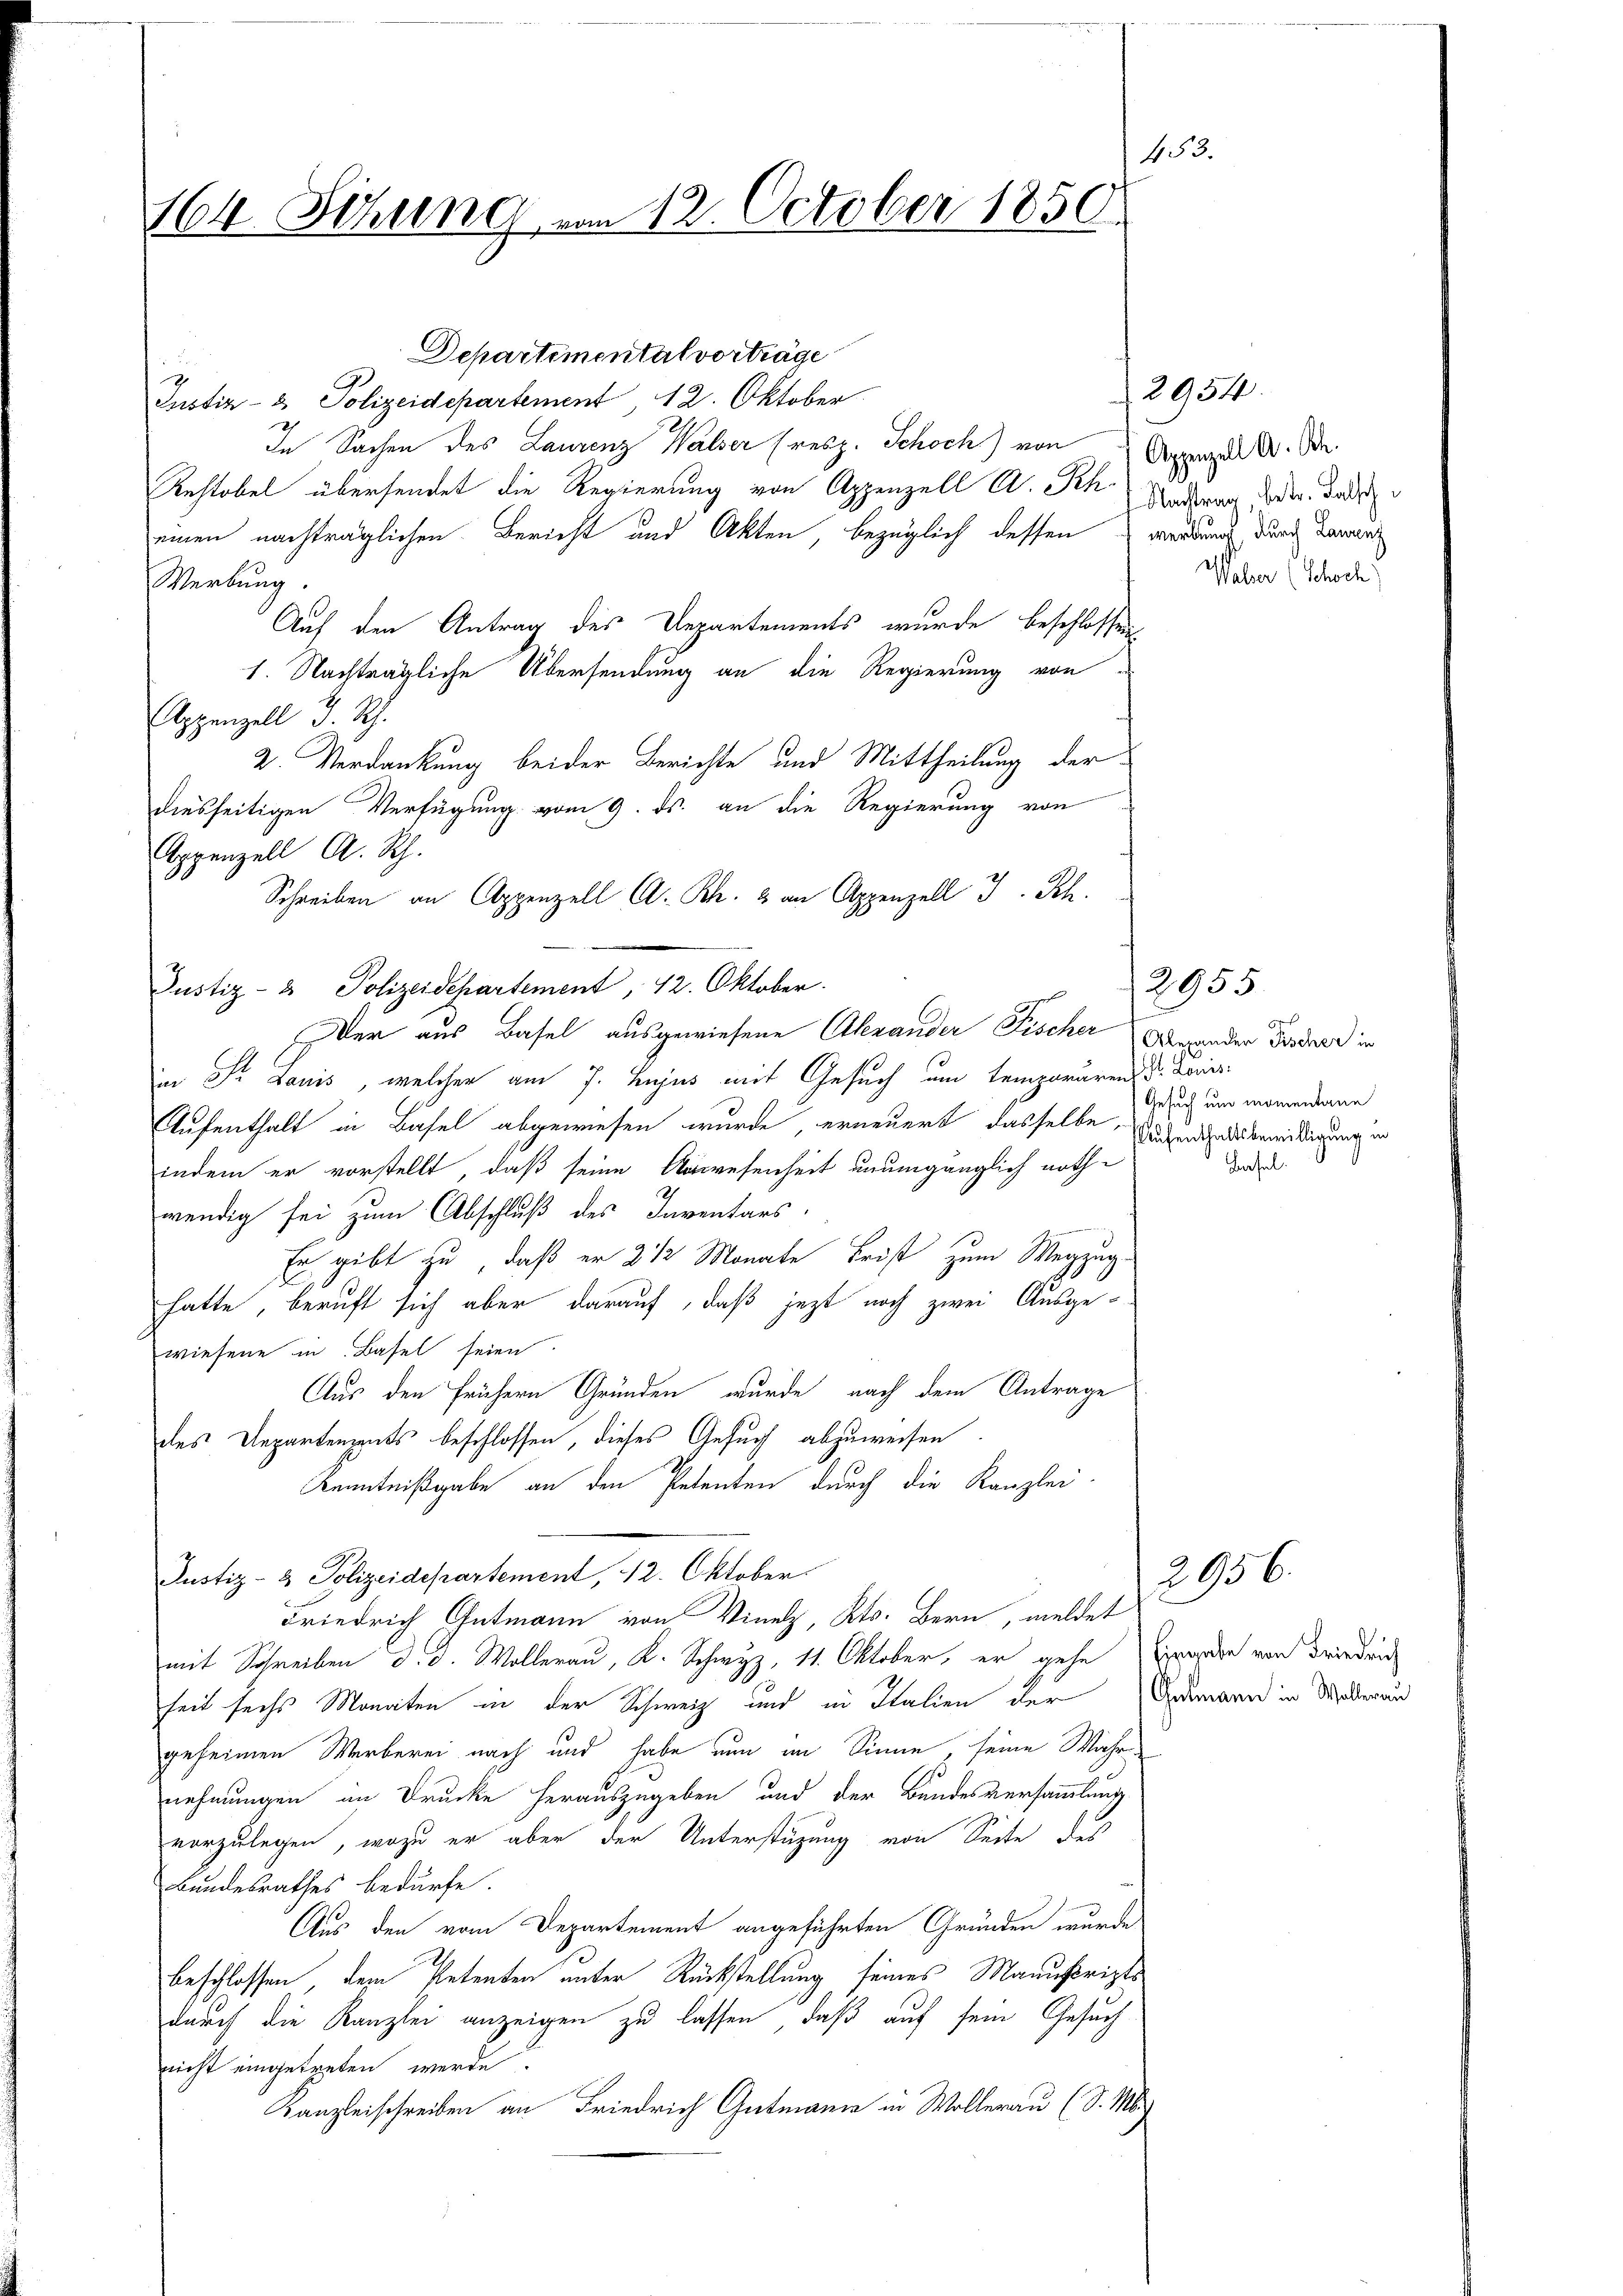
453.
164. Sitzung vom 12. October 1850

Departemental vorträge
Iustiz- & Polizeidepartement, 12. Oktober
In Sachen des Laurenz Walser (resp. Schoch) von
Rechtobel übersendet die Regierung von Appenzell A. Sch Notar do der Todesmen nachträglichen Bericht und Akten, bezüglich dessen werdung durch daranz
Werbung.
Auf den Antrag des Departements wurde beschlossen,
1. Nachträgliche Übersendung an die Regierung von
Appenzell I. Rh.
2. Verdankung beider Berichte und Mittheilung der
diesseitigen Verfügung vom 9. ds. an die Regierung von
Appenzell A. Rh.
Justiz- & Polizeidepartement, 12. Oktober.
Der aus Basel ausgewiesene Alexander Fischer
an Sr. Lauis, welcher am 7. hujus mit Gesuch am temporären Dr. Louis
Aufenthalt in Basel abgewiesen wurde, erneuert dasselbe,
indem er vorstellt, daß seine Anwesenheit unumgänglich nothwendig sei zum Abschluß des Inventars.
ge
Er gibt zu, daß er 2 1/2 Monate Frist zum Wegzug
hatte, beruft sich aber darauf, daß jezt noch zwei Ausgewiesene in Basel seien.
Aus den frühern Gründen wurde nach dem Antrage
des Departenzents beschlossen, dieses Gesuch abzuweisen
Kenntnißgabe an den Petenten durch die Kanzlei-
Justiz- & Polizeidepartement, 112. Oktober.
Friedrich Gutmann von Vinelz, Kts. Bern, meldet
mit Schreiben d. d. Wollerau, K. Schwyz, 11. Oktober, er gehe Eigen von Friedric
seit sechs Monaten in der Schweiz und in Italien der
geheimen Werberei nach und habe nun im Sinne, seine Wahrnehmungen in Drucke herauszugeben und der Bundesversammlung
vorzulegen, wozu er aber der Unterstüzung von Seite des
Bundesrathes bedürfe.
Aus den vom Departement angeführten Gründen wurde
beschlossen, dem Petenten unter Rückstellung seines Manuskriptsdurch die Kanzlei anzeigen zu lassen, daß auf sein Gesuch
nicht eingetreten werde
Kanzleischreiben an Friedrich Gutmann in Wollerau (S. M.)

Schreiben an Appenzell A. Rh. 2 an Appenzell I.Rh.

Appenzell A. B.
Weber (Schrech

2955
Alexander Fischer in
Gesuch um momentane
Aufenthaltsbewilligung in
.
Basel.

Gelmann in Wollerau

2954.

2956.